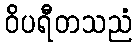
ဝိပရီတသညံ